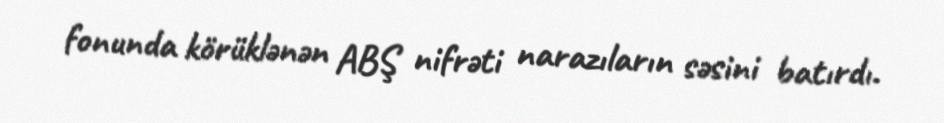
fonunda körüklənən ABŞ nifrəti narazıların səsini batırdı.